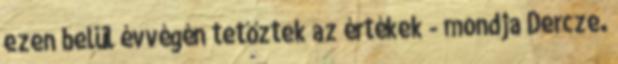
ezen belül évvégén tetőztek az értékek - mondja Dercze.